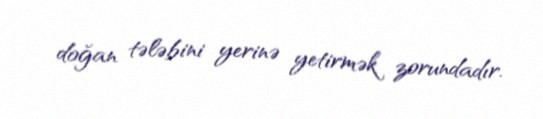
doğan tələbini yerinə yetirmək zorundadır.